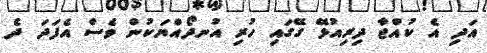
އަދި އެ ކުއްޖާ ދިރިއުޅޭ ގޭގައި ހުރި އުނދޯއްޔަކުން ވެސް އެފަދަ ދެ